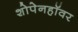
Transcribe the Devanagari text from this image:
शोपेनहॉवर